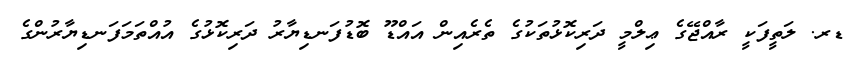
ޑރ. ލަތީފަކީ ރާއްޖޭގެ ޢިލްމީ ދަރިކޮޅުތަކުގެ ތެރެއިން އައްޑޫ ބޮޑުފަނޑިޔާރު ދަރިކޮޅުގެ އުއްތަމަފަނޑިޔާރުންގެ